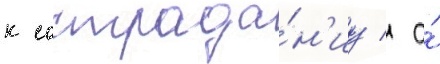
к сострада́н'иу / а́